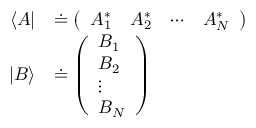
{ \begin{array} { r l } { \langle A | } & { \doteq { \left( \begin{array} { l l l l } { A _ { 1 } ^ { * } } & { A _ { 2 } ^ { * } } & { \cdots } & { A _ { N } ^ { * } } \end{array} \right) } } \\ { | B \rangle } & { \doteq { \left( \begin{array} { l } { B _ { 1 } } \\ { B _ { 2 } } \\ { \vdots } \\ { B _ { N } } \end{array} \right) } } \end{array} }